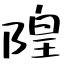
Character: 隍